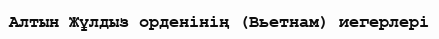
Алтын Жұлдыз орденінің (Вьетнам) иегерлері